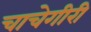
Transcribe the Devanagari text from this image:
चाचेगीरी